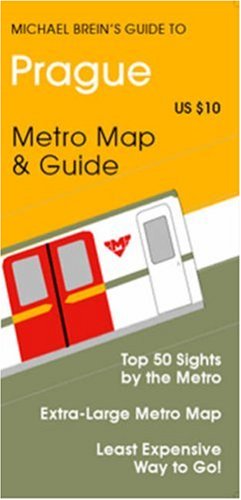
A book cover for Michael Brein's Guide to Prague by the Metro (Michael Brein's Guides to Sightseeing By Public Transportation) (Michael Brein's Guides to Sightseeing By ... to Sightseeing By Public Transportation); Michael Brein; Travel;